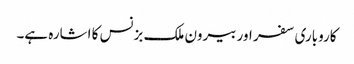
کاروباری سفر اور بیرون ملک بزنس کا اشارہ ہے۔